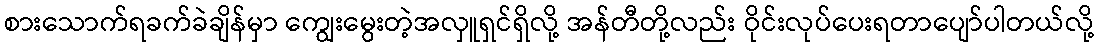
စားသောက်ရခက်ခဲချိန်မှာ ကျွေးမွေးတဲ့အလှူရှင်ရှိလို့ အန်တီတို့လည်း ဝိုင်းလုပ်ပေးရတာပျော်ပါတယ်လို့